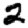
Digit: 2